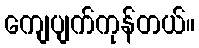
ကျေပျက်ကုန်တယ်။